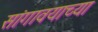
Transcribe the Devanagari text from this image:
सांगावयाच्या